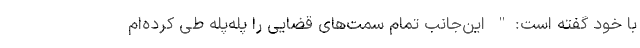
با خود گفته است:" این‌جانب تمام سمت‌های قضایی را پله‌پله طی کرده‌ام